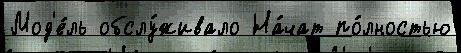
Мод'е́ль обслу́живало На́чат по́лностью